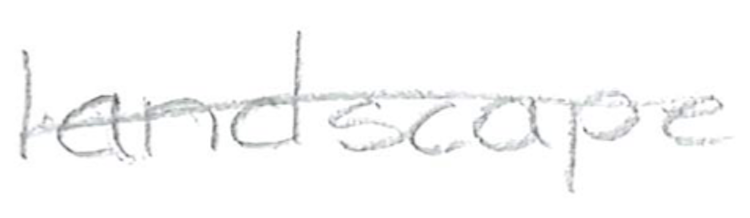
Text: landscape
Cross-out: single-line
Writing tool: pencil